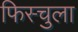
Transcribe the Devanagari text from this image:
फिस्‍चुला